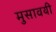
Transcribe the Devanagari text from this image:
मुसावयी